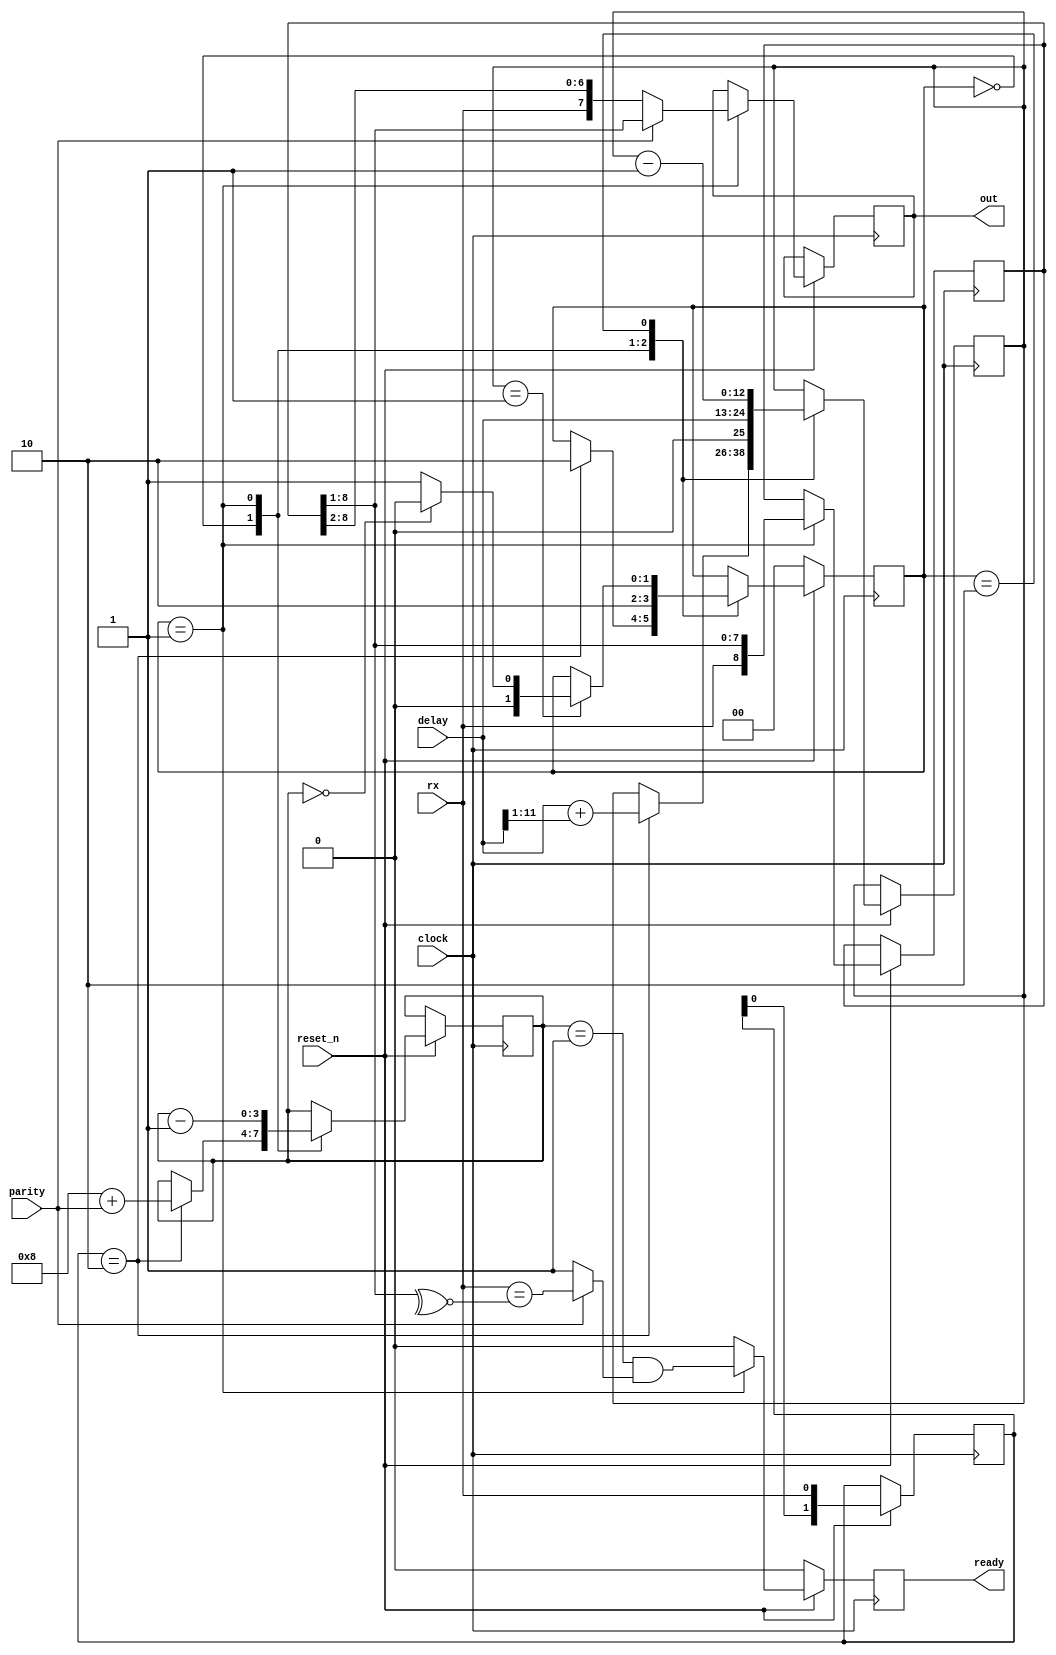
// delay=2604, parity=0
module uart_rx
(
  input            clock,
  input            reset_n,
  input [11:0]     delay,
  input            parity,
  input            rx,
  output reg [7:0] out,
  output reg       ready
);
reg  [ 1:0] st;
reg  [ 1:0] rxr;
reg  [12:0] timer;
reg  [ 3:0] cnt;
reg  [ 8:0] recv;
wire [ 8:0] recv_next = {rx, recv[8:1]};

always @(posedge clock)
if (reset_n == 1'b0) begin st <= 0; ready <= 0; end
else begin
  ready <= 1'b0;
  rxr   <= {rxr[0], rx};
  case (st)
    // (IDLE)  RX=0, -
    0: if (rxr == 2'b10) begin
       st      <= 2;
       cnt     <= 8 + parity;
       timer   <= delay + (delay>>1);
    end
    //   MSB
    1: begin
       st    <= 2;
       recv  <= recv_next;
       cnt   <= cnt - 1;
       timer <= delay;
       out   <= parity ? recv_next[7:0] : recv_next[8:1];
       ready <= (cnt == 1) && (parity ? rx == ~^recv_next[7:0] : 1'b1);
    end
    // ,  
    2: begin if (timer == 1) begin st <= (cnt == 0) ? 0 : 1; end timer <= timer - 1; end
    endcase
end
endmodule